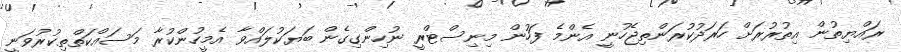
ރައްޔިތުން އިތުރުރަށް ހަރަދުކުރަންތިޖެހުނީ އެންމެ ފަހުން މިނިސްޓްރީ ނުހިންގިގެން ބަޔަކުލައްވާ އެމީހުންކުރާ މަސައްކަތްތިކުރުވަނީ